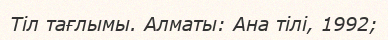
Тіл тағлымы. Алматы: Ана тілі, 1992;